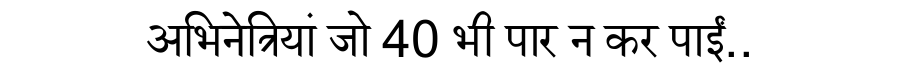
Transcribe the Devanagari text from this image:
अभिनेत्रियां जो 40 भी पार न कर पाईं..